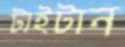
টাইটান